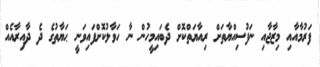
ފަރުމާއާއި މިޒާޖާއި ނަފުސިއްޔާތަށް ރިއާޔަތްކޮށް ދެބައިމީހުން ނާ ހަވާލުކޮށްފައިވަނީ ޙަޔާތުގެ ދެ ދާއިރާއެއް